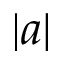
| a |